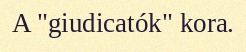
A "giudicatók" kora.